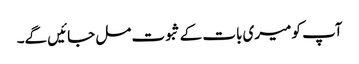
آپ کو میری بات کے ثبوت مل جائیں گے۔